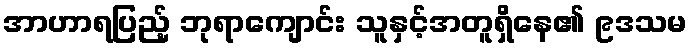
အာဟာရပြည့် ဘုရာကျောင်း သူနှင့်အတူရှိနေ၏ ၉ဒသမ